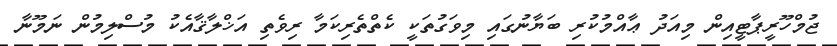
ޖުމްހޫރީޕާޓީއިން މިއަދު ޢާއްމުކުރި ބަޔާނުގައި މިވަގުތަކީ ކެތްތެރިކަމާ ރިވެތި އަޚްލާޤާއެކު މުސްލިމުން ނަމޫނާ